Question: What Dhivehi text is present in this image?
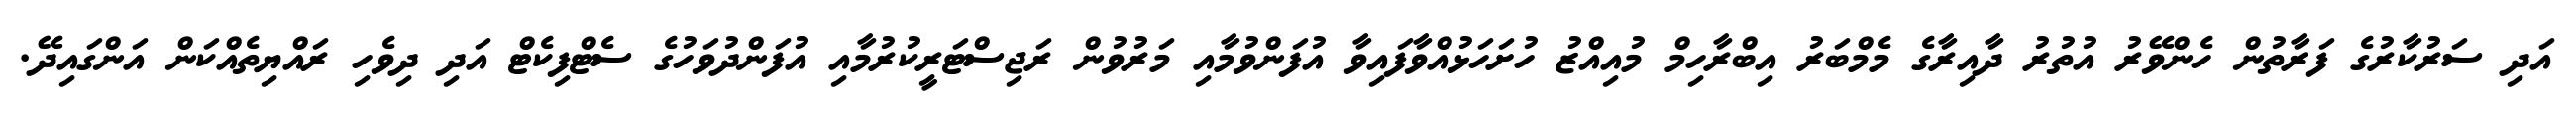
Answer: އަދި ސަރުކާރުގެ ފަރާތުން ހެންވޭރު އުތުރު ދާއިރާގެ މެމްބަރު އިބްރާހިމް މުއިއްޒު ހުށަހަޅުއްވާފައިވާ އުފަންވުމާއި މަރުވުން ރަޖިސްޓަރީކުރުމާއި އުފަންދުވަހުގެ ސެޓްފިކެޓް އަދި ދިވެހި ރައްޔިތެއްކަން އަންގައިދޭ.